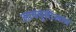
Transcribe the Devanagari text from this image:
आययूसीआय